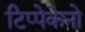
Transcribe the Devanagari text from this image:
टिप्पेकेनो